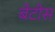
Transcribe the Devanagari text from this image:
बेटीस